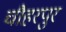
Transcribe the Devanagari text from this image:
चौहरपुर